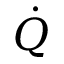
\dot { Q }